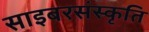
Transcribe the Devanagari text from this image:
साइबरसंस्कृति